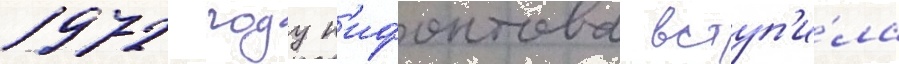
1972 году н'ифонтова вступ'и́ла